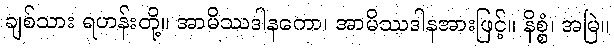
ချစ်သား ရဟန်းတို့။ အာမိဿဒါနကော၊ အာမိဿဒါနအားဖြင့်။ နိစ္စံ၊ အမြဲ။